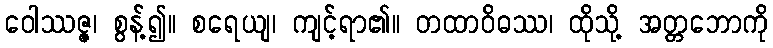
ဝေါဿဇ္ဇ၊ စွန့်၍။ စရေယျ၊ ကျင့်ရာ၏။ တထာဝိဓဿ၊ ထိုသို့ အတ္တဘောကို